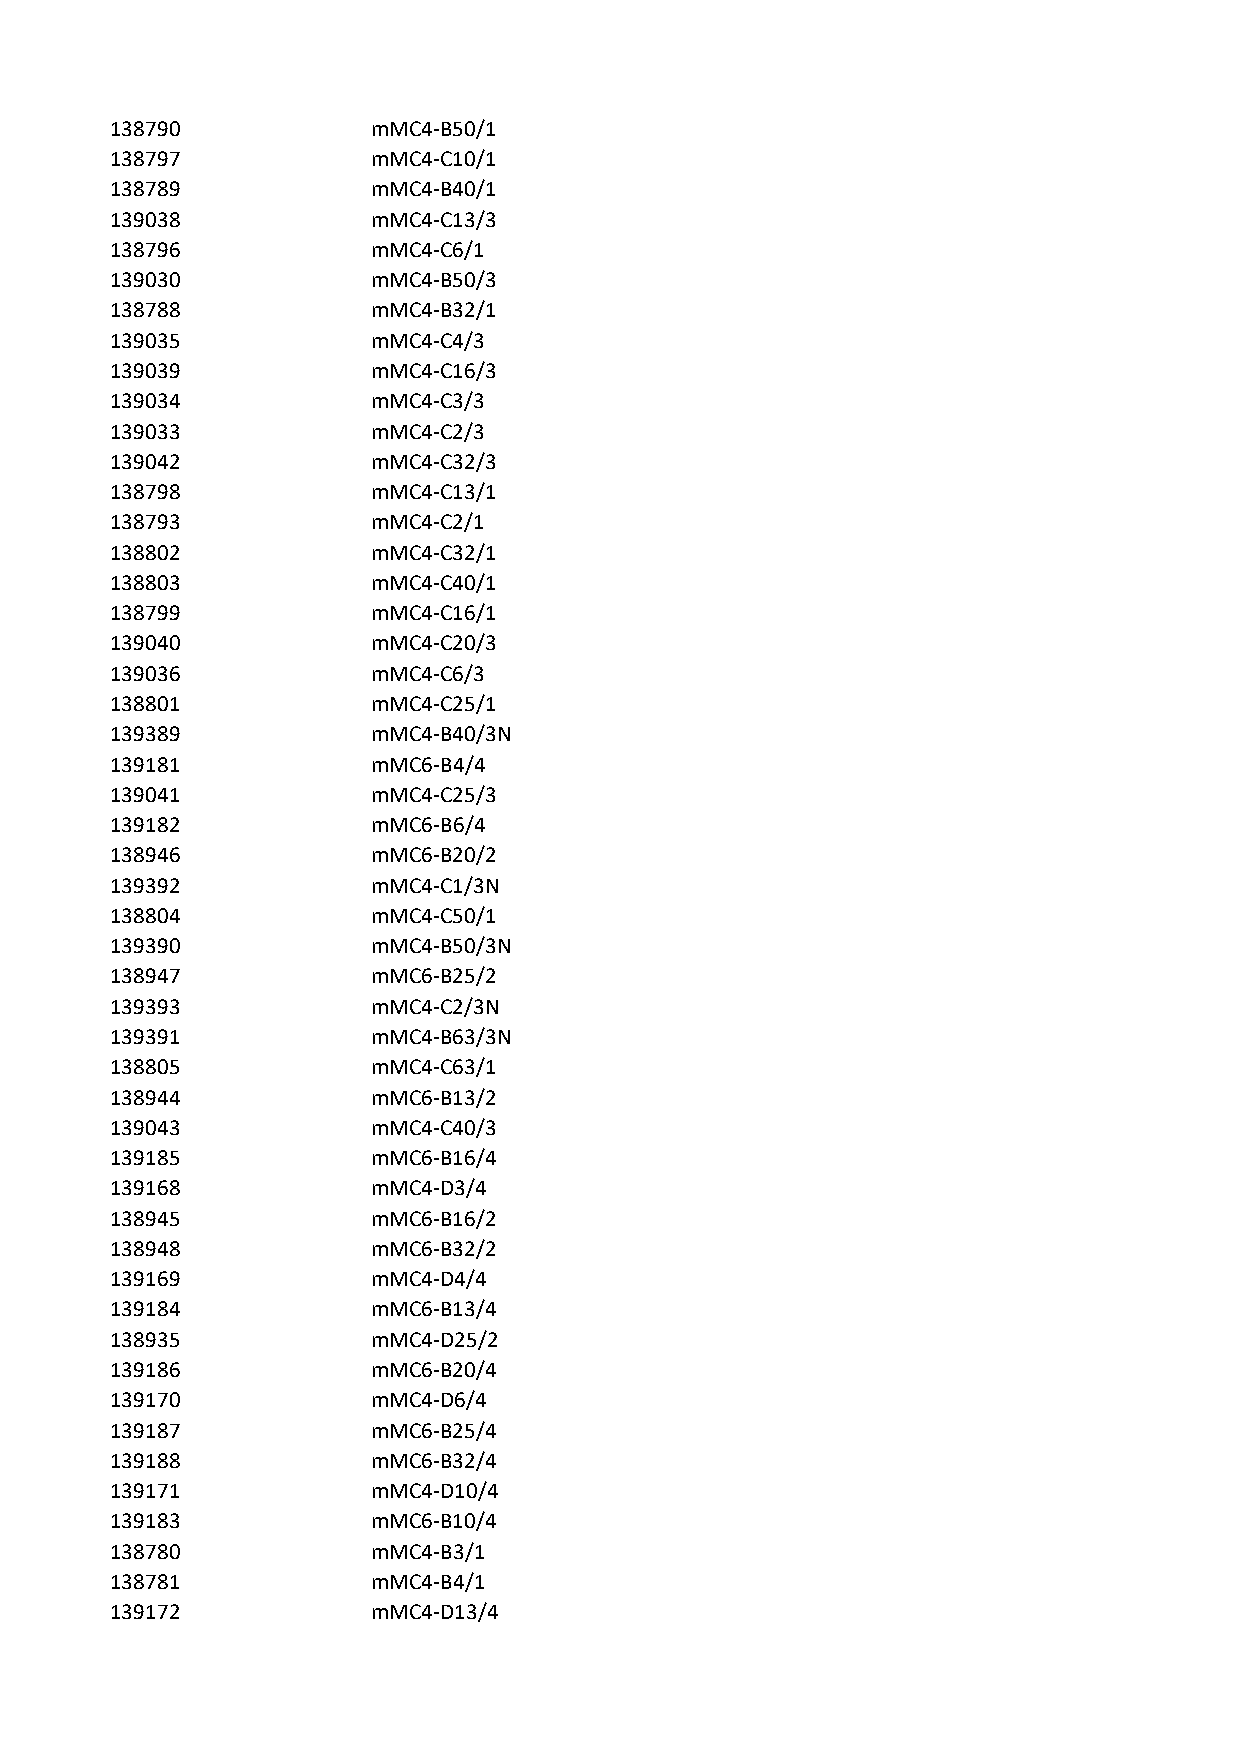
138790            mMC4-B50/1
 138797            mMC4-C10/1
 138789            mMC4-B40/1
 139038            mMC4-C13/3
 138796            mMC4-C6/1
 139030            mMC4-B50/3
 138788            mMC4-B32/1
 139035            mMC4-C4/3
 139039            mMC4-C16/3
 139034            mMC4-C3/3
 139033            mMC4-C2/3
 139042            mMC4-C32/3
 138798            mMC4-C13/1
 138793            mMC4-C2/1
 138802            mMC4-C32/1
 138803            mMC4-C40/1
 138799            mMC4-C16/1
 139040            mMC4-C20/3
 139036            mMC4-C6/3
 138801            mMC4-C25/1
 139389            mMC4-B40/3N
 139181            mMC6-B4/4
 139041            mMC4-C25/3
 139182            mMC6-B6/4
 138946            mMC6-B20/2
 139392            mMC4-C1/3N
 138804            mMC4-C50/1
 139390            mMC4-B50/3N
 138947            mMC6-B25/2
 139393            mMC4-C2/3N
 139391            mMC4-B63/3N
 138805            mMC4-C63/1
 138944            mMC6-B13/2
 139043            mMC4-C40/3
 139185            mMC6-B16/4
 139168            mMC4-D3/4
 138945            mMC6-B16/2
 138948            mMC6-B32/2
 139169            mMC4-D4/4
 139184            mMC6-B13/4
 138935            mMC4-D25/2
 139186            mMC6-B20/4
 139170            mMC4-D6/4
 139187            mMC6-B25/4
 139188            mMC6-B32/4
 139171            mMC4-D10/4
 139183            mMC6-B10/4
 138780            mMC4-B3/1
 138781            mMC4-B4/1
 139172            mMC4-D13/4